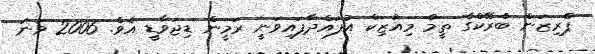
ޕްރިޒަން ބްރޭކްގެ ތީމް މިއުޒިކް އުފައްދާފައިވަނީ ރަމީން ޑިޖަވާޑީ އެވެ. 2006 ވަނަ